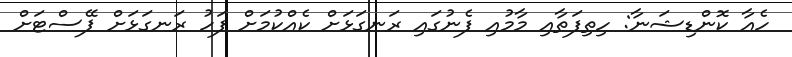
ހެއާ ކޮންޑިޝަނާ: ހިތިފަތާއި މާމުއި ފެނުގައި ރަނގަޅަށް ކެއްކުމަށް ފަހު ރަނގަޅަށް ޕޭސްޓަށް